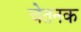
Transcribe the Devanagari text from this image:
चेतनक